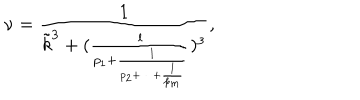
LaTeX: \nu = \frac { 1 } { { \tilde { k } } ^ { 3 } + ( \frac { l } { p _ { 1 } + \frac { l } { p _ { 2 } + \cdots + \frac { l } { p _ { m } } } } ) ^ { 3 } } ,